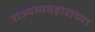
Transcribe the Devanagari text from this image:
राज्यव्यवहाराच्या